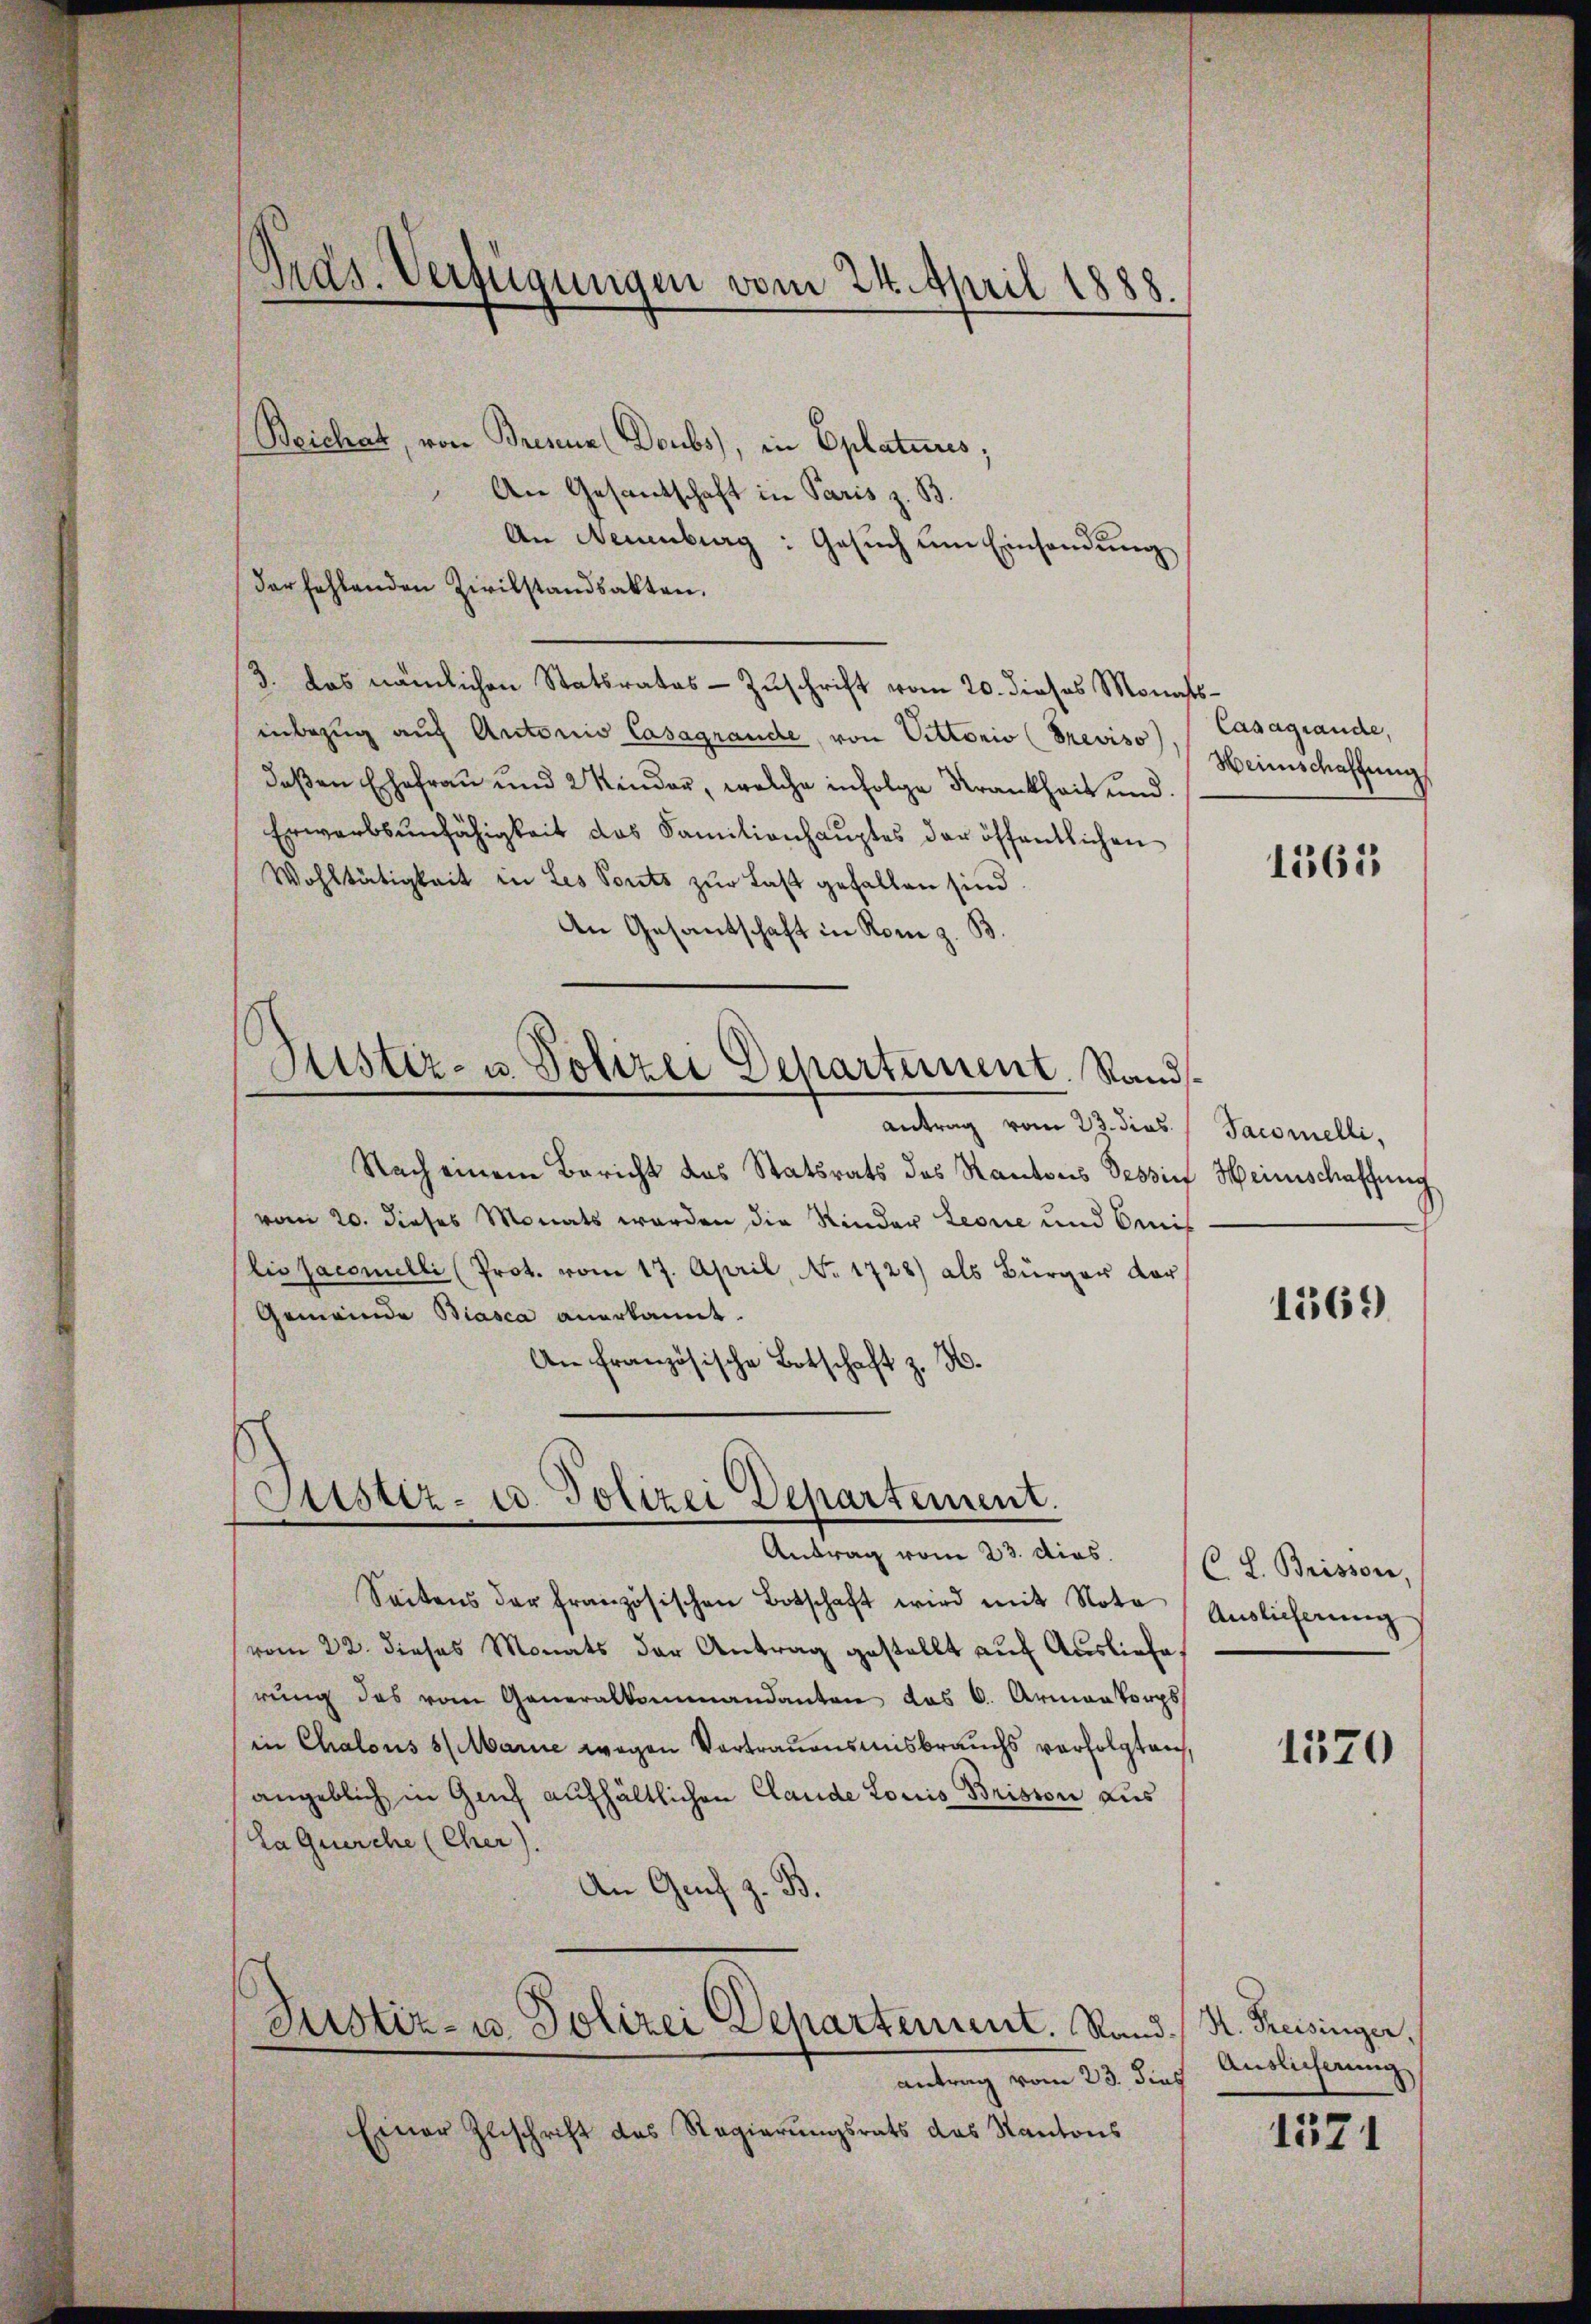
Präs. Verfügungen vom 24. April 1888.

Beichat, von Bresene Doubs), in Oplaturs;
An Gesantschaft in Paris z. B.
An Neuenburg: Gesuch um Einsendung
der fehlenden Zivilstandsakten.
3. das nämlichen Statsrates - Zuschrift vom 20. dieses Monatsinbezug auf Antonio Casagrande, von Vittonio (Previso
deßen Ehefrau und 2 Kinder, welche infolge Krankheit und
Erwarbsunfähigkeit das Familienhauptes der öffentlichen
Wohltätigkeit in Les Ponts zur Last gefallen sind
An Gesantschaft in Rom z. B.
Justiz- u. Polizei Departement. Sandsantrag vom 23. dies
Nach einem Bericht des Statsrats des Rantons Tessin
vom 20. dieses Monats werden die Kinder Leorie und Oenis
lis facomelli (Prot. vom 17. April, No. 1728) als Bürger dar
Gemeinde Biasca anerkannt.
An französische Botschaft z. B.

Justiz- u. Polizei Departement.
e

Antrag vom 23. dies.
Seitens der französischen Botschaft wird mit Nota
vom 22. dieses Monats der Antrag gestellt aŭf Ausliefe,
rŭng des vom Generalkommandanten des C. Armenkorps
in Chalous 8 (Marie wegen Vortrauensmisbrauchs verfolgten,
angeblich in Genf aufhältlichen Claude Loris Brision aus
La Querche (Cher).
B.
An Genf s

Justiz- u. Polizei Departement. Rand¬

Casagrande,
Weinschaffung

antrag vom 23. dies Auslicherung
Einer Zuschrift das Regierungsrats das Kantons

1565

Tacomelli,
Heinschaffung

1569

C. L. Brisson
Auslieferung

1570

H. Kreisinger.

1571